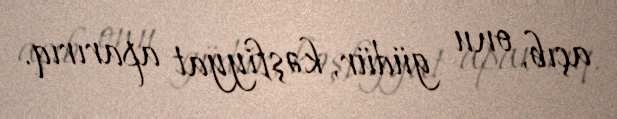
açıb, onu güdür, kəşfiyyat aparırıq.